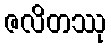
ဇလိတဿု